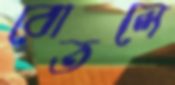
বোতলে